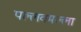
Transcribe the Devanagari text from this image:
पल्लवमल्ला